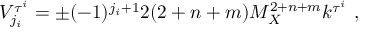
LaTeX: V _ { j _ { i } } ^ { \tau ^ { i } } = \pm ( - 1 ) ^ { j _ { i } + 1 } 2 ( 2 + n + m ) M _ { X } ^ { 2 + n + m } k ^ { \tau ^ { i } } ~ , ~ \,